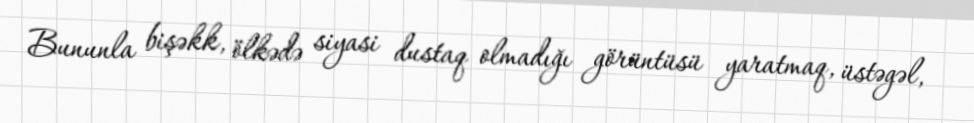
Bununla bişəkk, ölkədə siyasi dustaq olmadığı görüntüsü yaratmaq, üstəgəl,